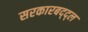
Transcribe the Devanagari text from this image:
सरकारबद्द्ल